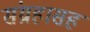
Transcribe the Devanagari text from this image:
संग्रहासह